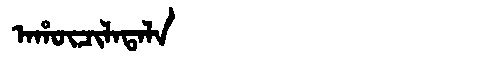
Manchu: ᠠᡥᡡᠴᡳᠯᠠᡨᠠᠯᠠ
Romanization: AHŪCILATALA